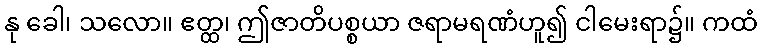
နု ခေါ၊ သလော။ ဧတ္ထ၊ ဤဇာတိပစ္စယာ ဇရာမရဏံဟူ၍ ငါမေးရာ၌။ ကထံ